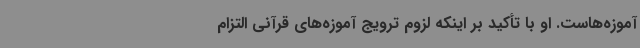
آموزه‌هاست. او با تأکید بر اینکه لزوم ترویج آموزه‌های قرآنی التزام